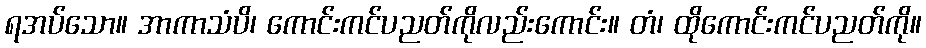
ရအပ်သော။ အာကာသံပိ၊ ကောင်းကင်ပညတ်ကိုလည်းကောင်း။ တံ၊ ထိုကောင်းကင်ပညတ်ကို။